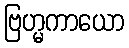
ဗြဟ္မကာယော